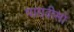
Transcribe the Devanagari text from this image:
पारादीसो